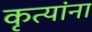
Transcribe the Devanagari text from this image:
कृत्यांना